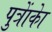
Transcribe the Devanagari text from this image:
पुत्राेंकाे